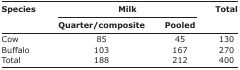
<table><thead><tr><td rowspan="3"><b>Species</b></td><td colspan="2"><b>Milk</b></td><td rowspan="3"><b>Total</b></td></tr><tr><td><b>Quarter/composite</b></td><td><b>Pooled</b></td></tr></thead><tbody><tr><td>Cow</td><td>85</td><td>45</td><td>130</td></tr><tr><td>Buffalo</td><td>103</td><td>167</td><td>270</td></tr><tr><td>Total</td><td>188</td><td>212</td><td>400</td></tr></tbody></table>